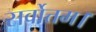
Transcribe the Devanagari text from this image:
सर्वोत्तम।